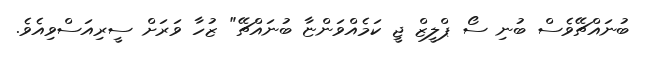
ބުނައްޗޭވެސް ބުނި ސޯ ޕްލީޒް ޖީ ކަމެއްވަންޏާ ބުނައްޗޭ" ޒުހާ ވަރަށް ސީރިއަސްވިއެވެ.